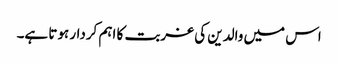
اس میں والدین کی غربت کا اہم کردار ہوتا ہے۔